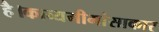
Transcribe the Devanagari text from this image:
है।काव्यमीमांसाकार